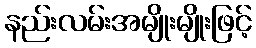
နည်းလမ်းအမျိုးမျိုးဖြင့်